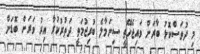
މި ދުވަސްކޮޅު ބާރަށް ވައިޖެހޭތީ ސިނަމާލެ ބުރިޖުމަތީ ދަތުރުކުރާ އިރު ވަރަށް ބޮޑަށް